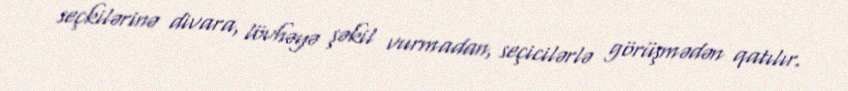
seçkilərinə divara, lövhəyə şəkil vurmadan, seçicilərlə görüşmədən qatılır.